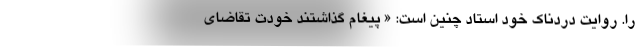
را. روایت دردناک خود استاد چنین است: « پیغام گذاشتند خودت تقاضای